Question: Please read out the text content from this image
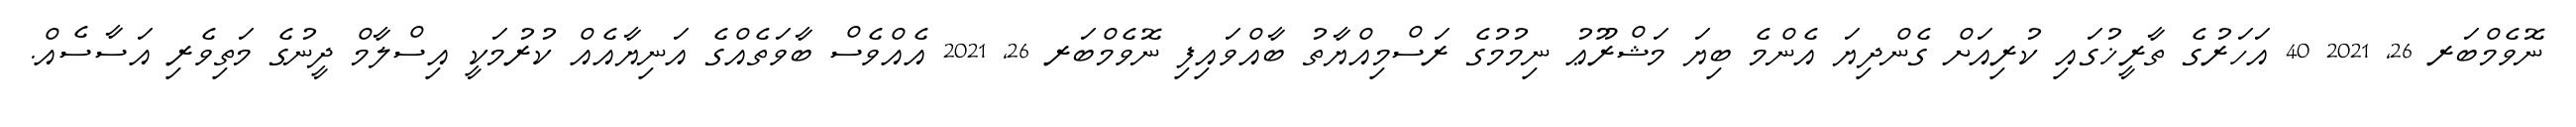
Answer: ނޮވެމްބަރ 26, 2021 40 އަހަރުގެ ތާރީޚުގައި ކުރިއަށް ގެންދިޔަ އެންމެ ބިޔަ މަޝްރޫޢު ނިމުމުގެ ރަސްމިއްޔާތު ބާއްވައިފި ނޮވެމްބަރ 26, 2021 އެއްވެސް ބާވަތެއްގެ އަނިޔާއެއް ކުރުމަކީ އިސްލާމް ދީނުގެ މަތިވެރި އަސާސެއް.